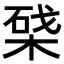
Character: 𣕥